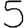
Digit: 5